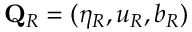
\mathbf { Q } _ { R } = ( \eta _ { R } , u _ { R } , b _ { R } )